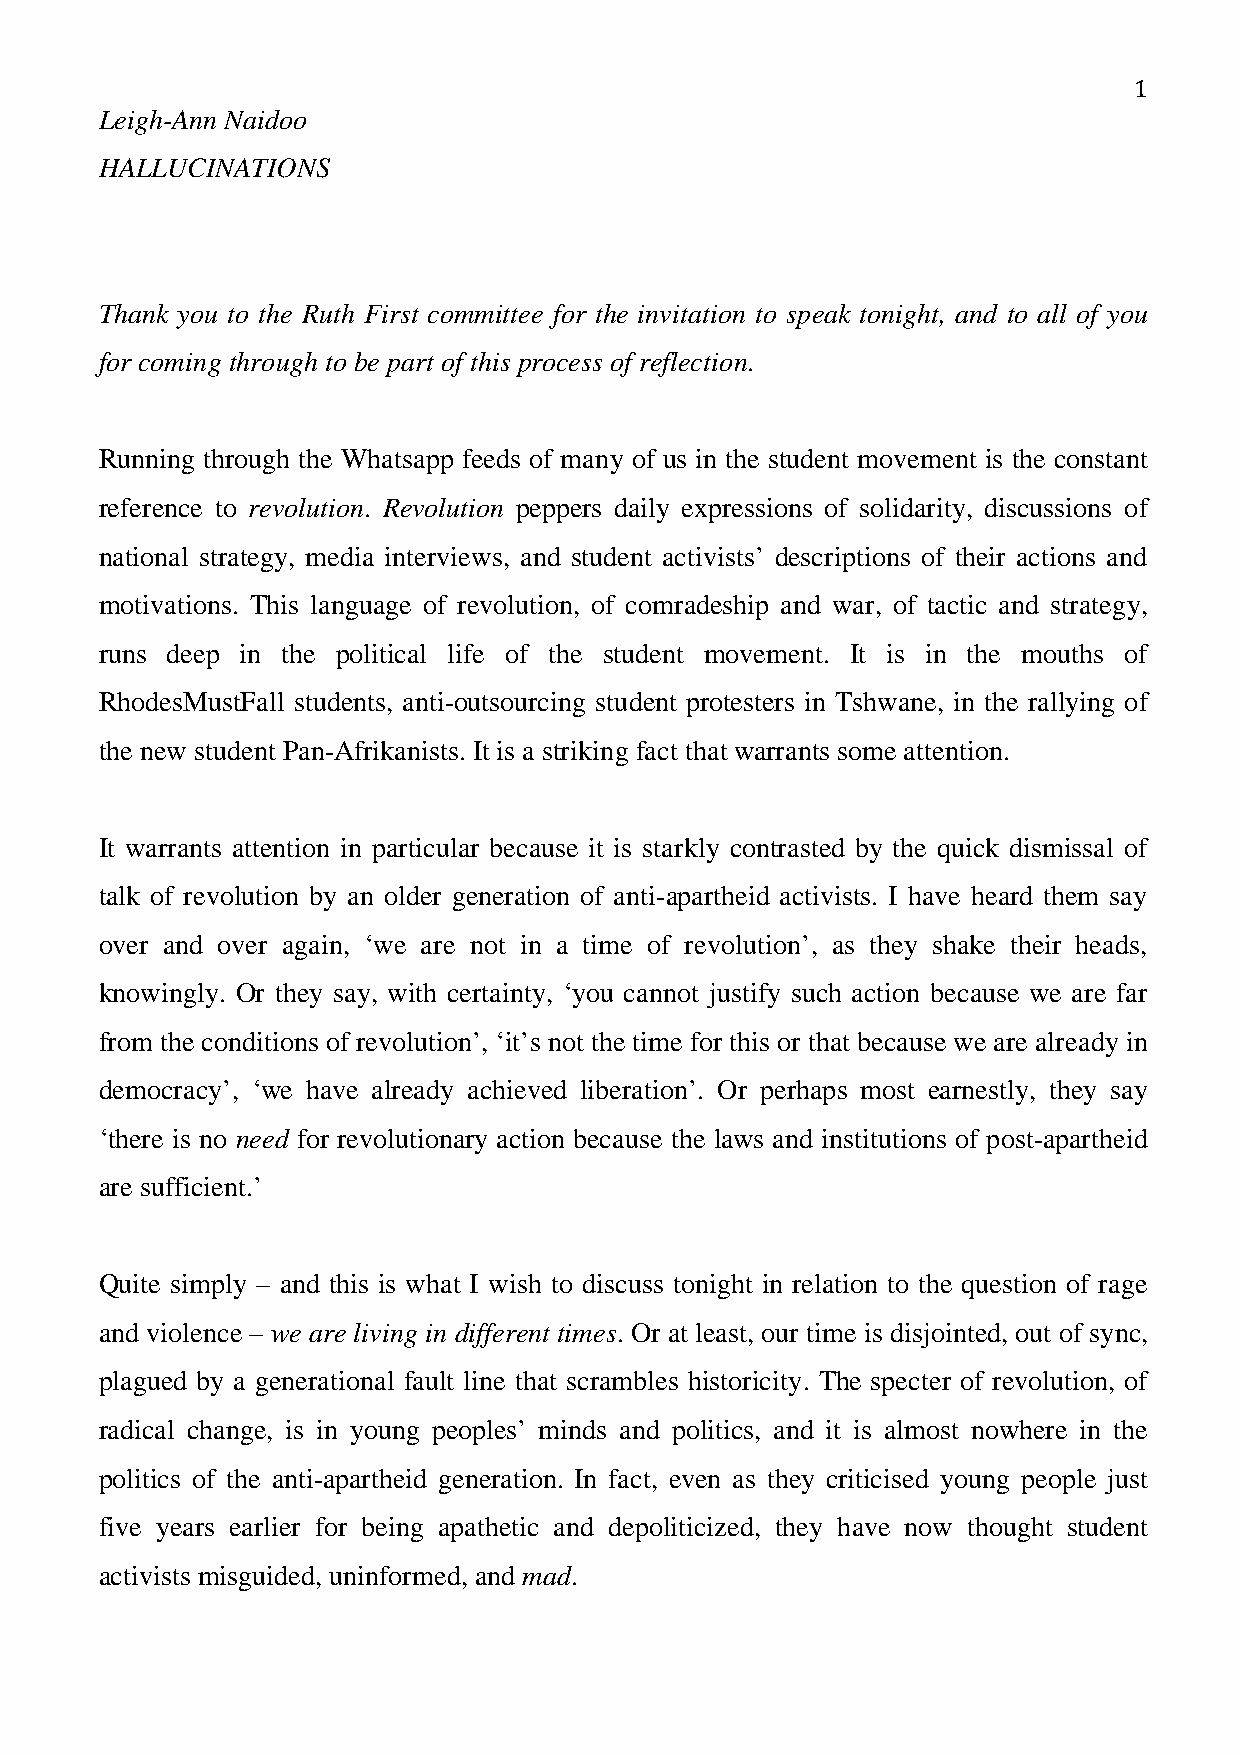
Leigh-Ann Naidoo
 1
 HALLUCINATIONS
 Thank you to the Ruth First committee for the invitation to speak tonight, and to all of you
 for coming through to be part of this process of reflection.
 Running through the Whatsapp feeds of many of us in the student movement is the constant
 reference to revolution. Revolution peppers daily expressions of solidarity, discussions of
 national strategy, media interviews, and student activists’ descriptions of their actions and
 motivations. This language of revolution, of comradeship and war, of tactic and strategy,
 runs deep in the political life of the student movement. It is in the mouths of
 RhodesMustFall students, anti-outsourcing student protesters in Tshwane, in the rallying of
 the new student Pan-Afrikanists. It is a striking fact that warrants some attention.
 It warrants attention in particular because it is starkly contrasted by the quick dismissal of
 talk of revolution by an older generation of anti-apartheid activists. I have heard them say
 over and over again, ‘we are not in a time of revolution’, as they shake their heads,
 knowingly. Or they say, with certainty, ‘you cannot justify such action because we are far
 from the conditions of revolution’, ‘it’s not the time for this or that because we are already in
 democracy’, ‘we have already achieved liberation’. Or perhaps most earnestly, they say
 ‘there is no need for revolutionary action because the laws and institutions of post-apartheid
 are sufficient.’
 Quite simply – and this is what I wish to discuss tonight in relation to the question of rage
 and violence – we are living in different times. Or at least, our time is disjointed, out of sync,
 plagued by a generational fault line that scrambles historicity. The specter of revolution, of
 radical change, is in young peoples’ minds and politics, and it is almost nowhere in the
 politics of the anti-apartheid generation. In fact, even as they criticised young people just
 five years earlier for being apathetic and depoliticized, they have now thought student
 activists misguided, uninformed, and mad.